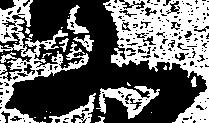
又